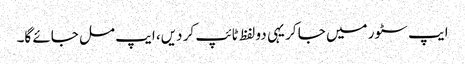
ایپ سٹور میں جا کر یہی دو لفظ ٹائپ کر دیں، ایپ مل جائے گا۔